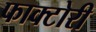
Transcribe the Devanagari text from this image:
फाक्टोरी